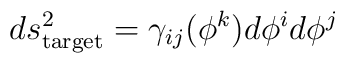
ds^2_{\rm target} = \gamma_{ij}(\phi^k) d\phi^i d\phi^j